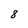
Character: 8